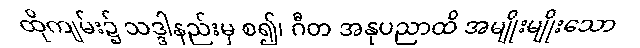
ထိုကျမ်း၌ သဒ္ဒါနည်းမှ စ၍၊ ဂီတ အနုပညာထိ အမျိုးမျိုးသော